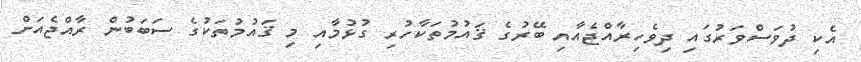
އެކި ދުވަސްވަރުގައި ދިވެހިރާއްޖެއާއި ބޭރުގެ ޤައުމުތަކާހުރި ގުޅުމާއި މި ޤައުމުތަކުގެ ސަބަބުން ރާއްޖެއަށް